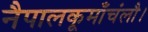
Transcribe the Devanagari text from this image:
नैपालकूमाँचंलौ।